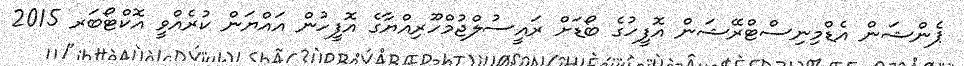
ޕެންޝަން އެޑްމިނިސްޓްރޭޝަން އޮފީހުގެ ބޯޑަށް ރައީސުލްޖުމްހޫރިއްޔާގެ އޮފީހުން އައްޔަން ކުރެއްވީ އޮކްޓޯބަރ 2015